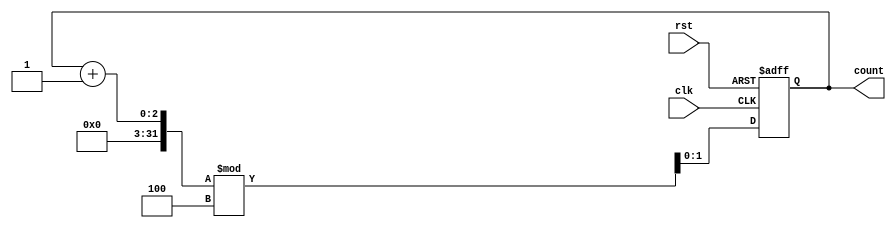
module binary_counter #(parameter n = 2) (
    input wire clk,       // Clock input
    input wire rst,       // Asynchronous reset
    output reg [n-1:0] count // n-bit output representing the current count
);

// State Encoding
reg [n-1:0] current_state, next_state;

// Sequential logic: State transition on clock edge or reset
always @(posedge clk or posedge rst) begin
    if (rst) begin
        current_state <= 0; // Reset state to 0
    end else begin
        current_state <= next_state; // Update to next state
    end
end

// Combinational logic: Determine next state
always @(*) begin
    next_state = (current_state + 1) % (2**n); // Increment state
end

// Output logic: Moore output based on current state
always @(*) begin
    count = current_state; // Output current state as count
end

endmodule